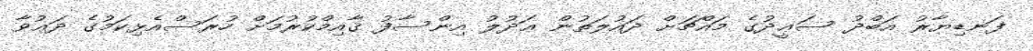
ފަނޑިޔާރު އަބްދު ސަޢީދުގެ މައްޗަށް ދައުލަތުން ޢަދުލު އިންސާފު ޤާއިމްކުރުމަށް ހުރަސްއެޅިކަމުގެ ދަޢުވާ